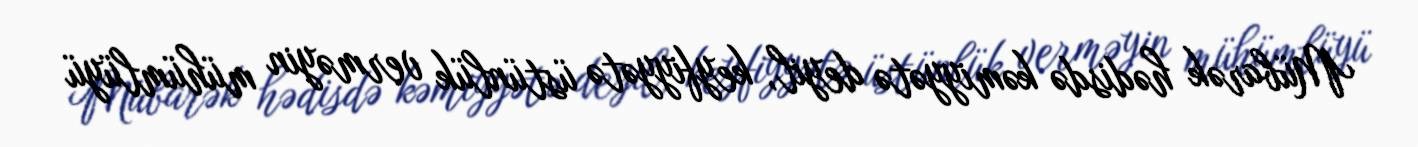
Mübarək hədisdə kəmiyyətə deyil, keyfiyyətə üstünlük verməyin mühümlüyü